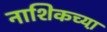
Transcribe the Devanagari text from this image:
नाशिकच्या़